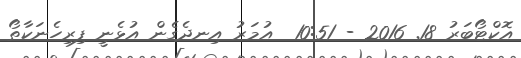
އޮކްޓޯބަރު 18